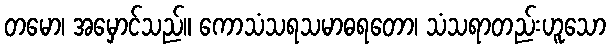
တမော၊ အမှောင်သည်။ ကောသံသရသမာဓရတော၊ သံသရာတည်းဟူသော